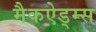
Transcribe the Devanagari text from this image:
मैकऐड्म्स